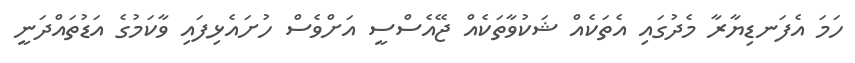
ހަމަ އެފަނޑިޔާރާ މެދުގައި އެތަކެއް ޝަކުވާތަކެއް ޖޭއެސްސީ އަށްވެސް ހުށައެޅިފައި ވާކަމުގެ އަޑުތައްދަނީ